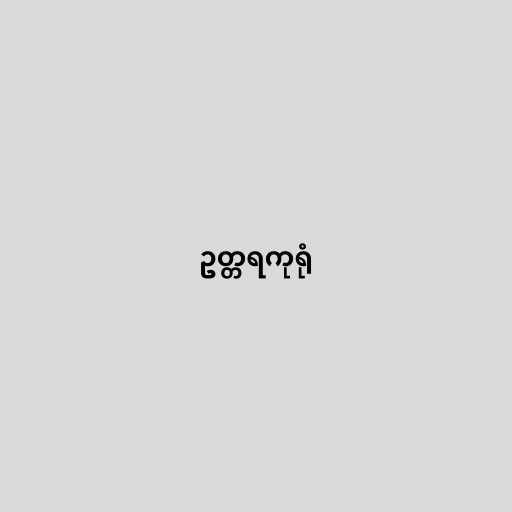
ဥတ္တရကုရုံ